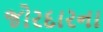
જોરદારના